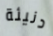
دنيئة